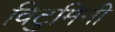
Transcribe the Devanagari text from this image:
विटुमिनी